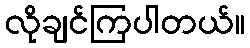
လိုချင်ကြပါတယ်။